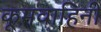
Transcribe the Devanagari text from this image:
कूमवाहिनी